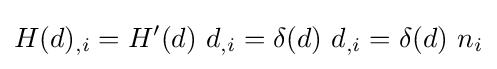
H(d)_{,i}=H'(d)\,\,d_{,i}=\delta (d)\,\,d_{,i}=\delta (d)\,\,n_{i}